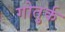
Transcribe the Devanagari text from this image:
गोतुर्क